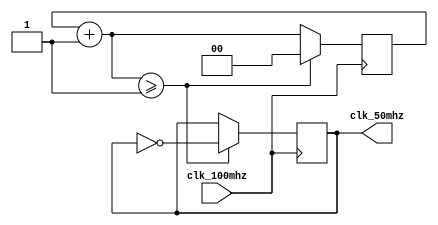
module clk_50mhz(
    clk_100mhz,
    clk_50mhz
);
    input wire clk_100mhz;
    output reg clk_50mhz;

    reg [1:0]counter;

    initial begin
        counter = 0;
        clk_50mhz = 0;
    end

    always @(posedge clk_100mhz) begin
        counter = counter + 1;
        if (counter >= 1) begin
            clk_50mhz = ~clk_50mhz;
            counter = 0;
        end
    end

endmodule